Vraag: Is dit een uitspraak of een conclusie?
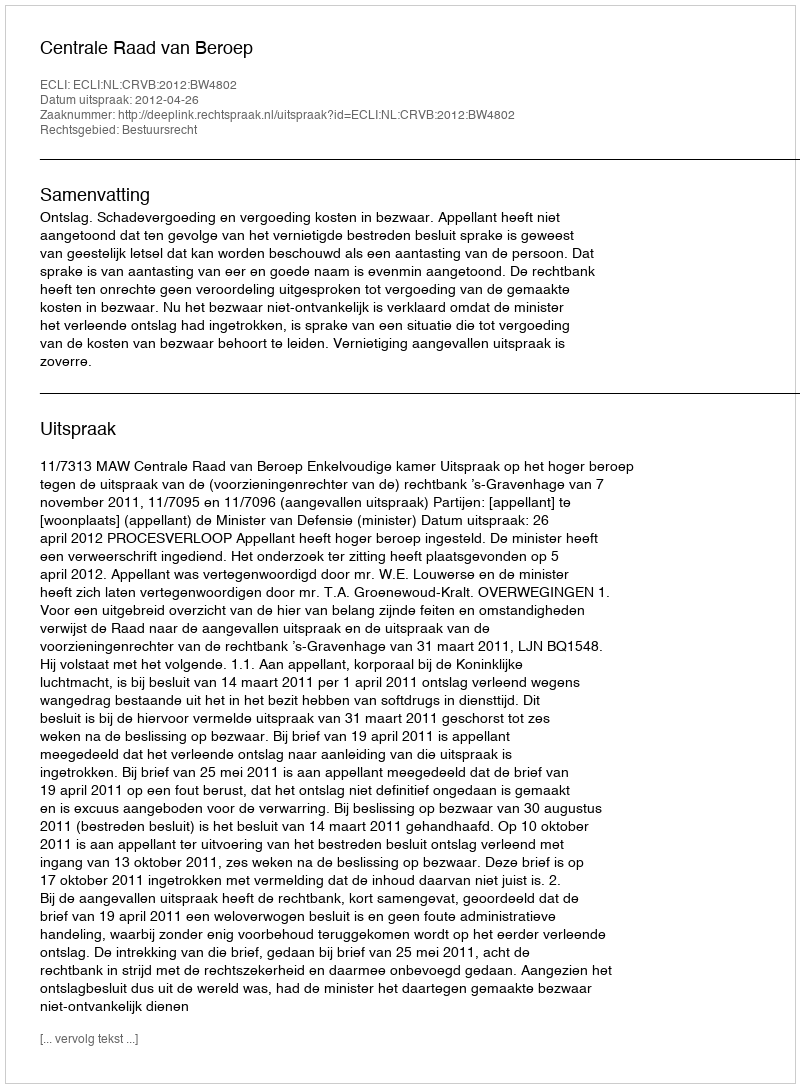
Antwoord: Uitspraak